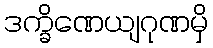
ဒက္ခိဏေယျဂုဏမှိ